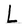
Character: L